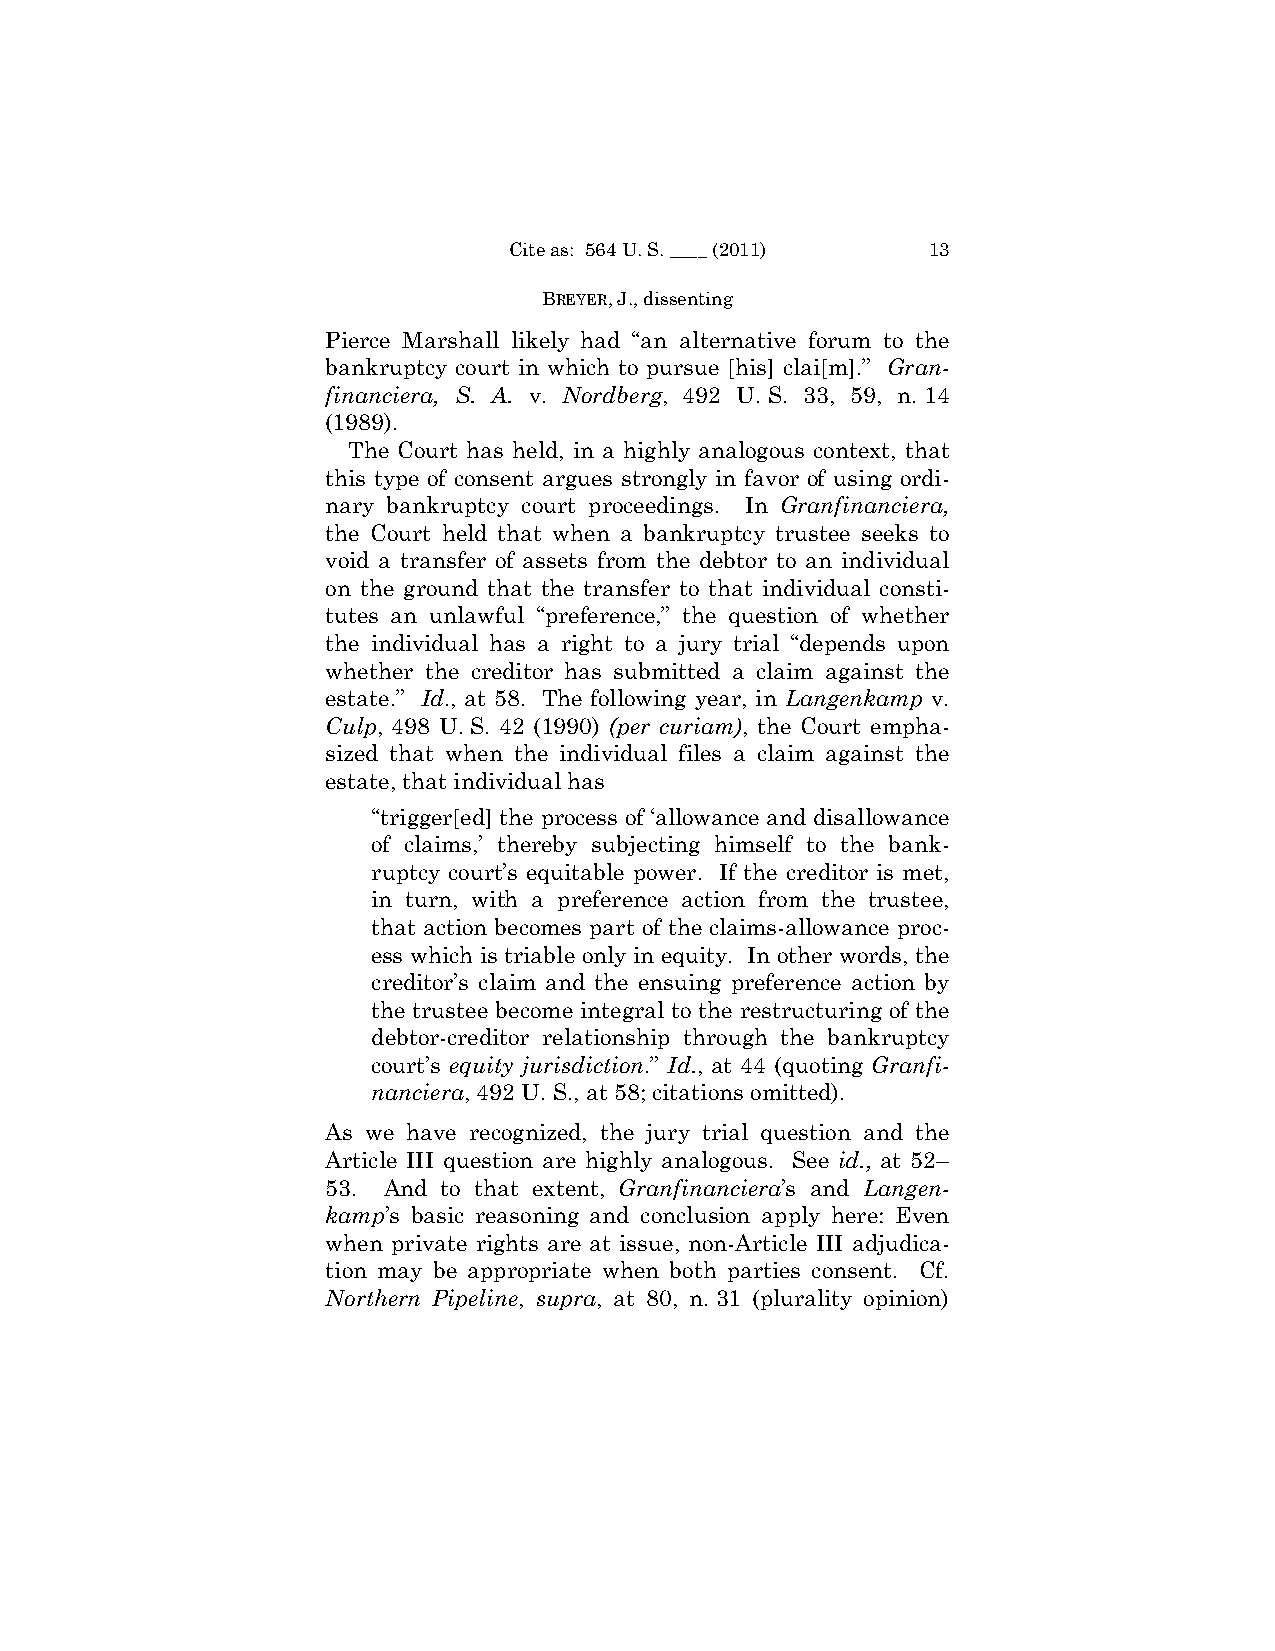
Cite as: 564 U. S. ____ (2011) 13
 BREYER, J., dissenting
 Pierce Marshall likely had “an alternative forum to the
 bankruptcy court in which to pursue [his] clai[m].” Gran-
 financiera, S. A. v. Nordberg, 492 U. S. 33, 59, n. 14
 (1989).
 The Court has held, in a highly analogous context, that
 this type of consent argues strongly in favor of using ordi­
 nary bankruptcy court proceedings. In Granfinanciera,
 the Court held that when a bankruptcy trustee seeks to
 void a transfer of assets from the debtor to an individual
 on the ground that the transfer to that individual consti­
 tutes an unlawful “preference,” the question of whether
 the individual has a right to a jury trial “depends upon
 whether the creditor has submitted a claim against the
 estate.” Id., at 58. The following year, in Langenkamp v.
 Culp, 498 U. S. 42 (1990) (per curiam), the Court empha­
 sized that when the individual files a claim against the
 estate, that individual has
 “trigger[ed] the process of ‘allowance and disallowance
 of claims,’ thereby subjecting himself to the bank­
 ruptcy court’s equitable power. If the creditor is met,
 in turn, with a preference action from the trustee,
 that action becomes part of the claims-allowance proc­
 ess which is triable only in equity. In other words, the
 creditor’s claim and the ensuing preference action by
 the trustee become integral to the restructuring of the
 debtor-creditor relationship through the bankruptcy
 court’s equity jurisdiction.” Id., at 44 (quoting Granfi-
 nanciera, 492 U. S., at 58; citations omitted).
 As we have recognized, the jury trial question and the
 Article III question are highly analogous. See id., at 52–
 53. And to that extent, Granfinanciera’s and Langen-
 kamp’s basic reasoning and conclusion apply here: Even
 when private rights are at issue, non-Article III adjudica­
 tion may be appropriate when both parties consent. Cf.
 Northern Pipeline, supra, at 80, n. 31 (plurality opinion)